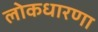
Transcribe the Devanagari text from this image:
लोकधारणा